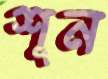
শূন